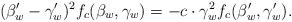
LaTeX: \begin{align*}(\beta_w'-\gamma_w')^2 f_c(\beta_w,\gamma_w) = -c \cdot \gamma_w^2 f_c(\beta_w',\gamma_w'). \end{align*}